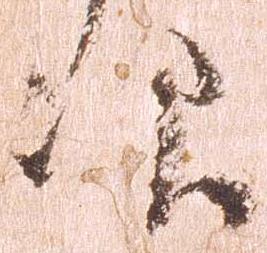
次